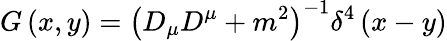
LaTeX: G\left(x,y\right)=\left(D_{\mu}D^{\mu}+m^{2}\right)^{-1}\delta^{4}\left(x-y\right)